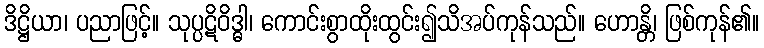
ဒိဋ္ဌိယာ၊ ပညာဖြင့်။ သုပ္ပဋိဝိဒ္ဓါ၊ ကောင်းစွာထိုးထွင်း၍သိအပ်ကုန်သည်။ ဟောန္တိ၊ ဖြစ်ကုန်၏။